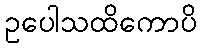
ဥပေါသထိကောပိ